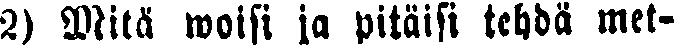
a) Mitä woisi ja pitäisi tehdä met-